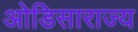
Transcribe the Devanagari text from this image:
ओडिसाराज्य